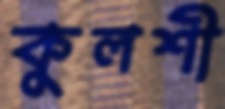
কুলশী